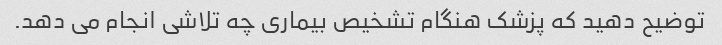
توضیح دهید که پزشک هنگام تشخیص بیماری چه تلاشی انجام می دهد.